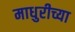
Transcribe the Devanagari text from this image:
माधुरीच्या